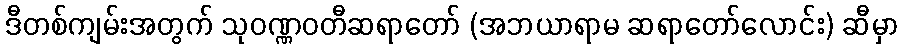
ဒီတစ်ကျမ်းအတွက် သုဝဏ္ဏဝတီဆရာတော် (အဘယာရာမ ဆရာတော်လောင်း) ဆီမှာ